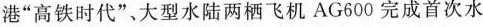
港“高铁时代”、大型水陆两栖飞机 AG600完成首次水